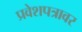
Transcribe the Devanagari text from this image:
प्रवेशपत्रावर